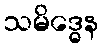
သမိဒ္ဓေန